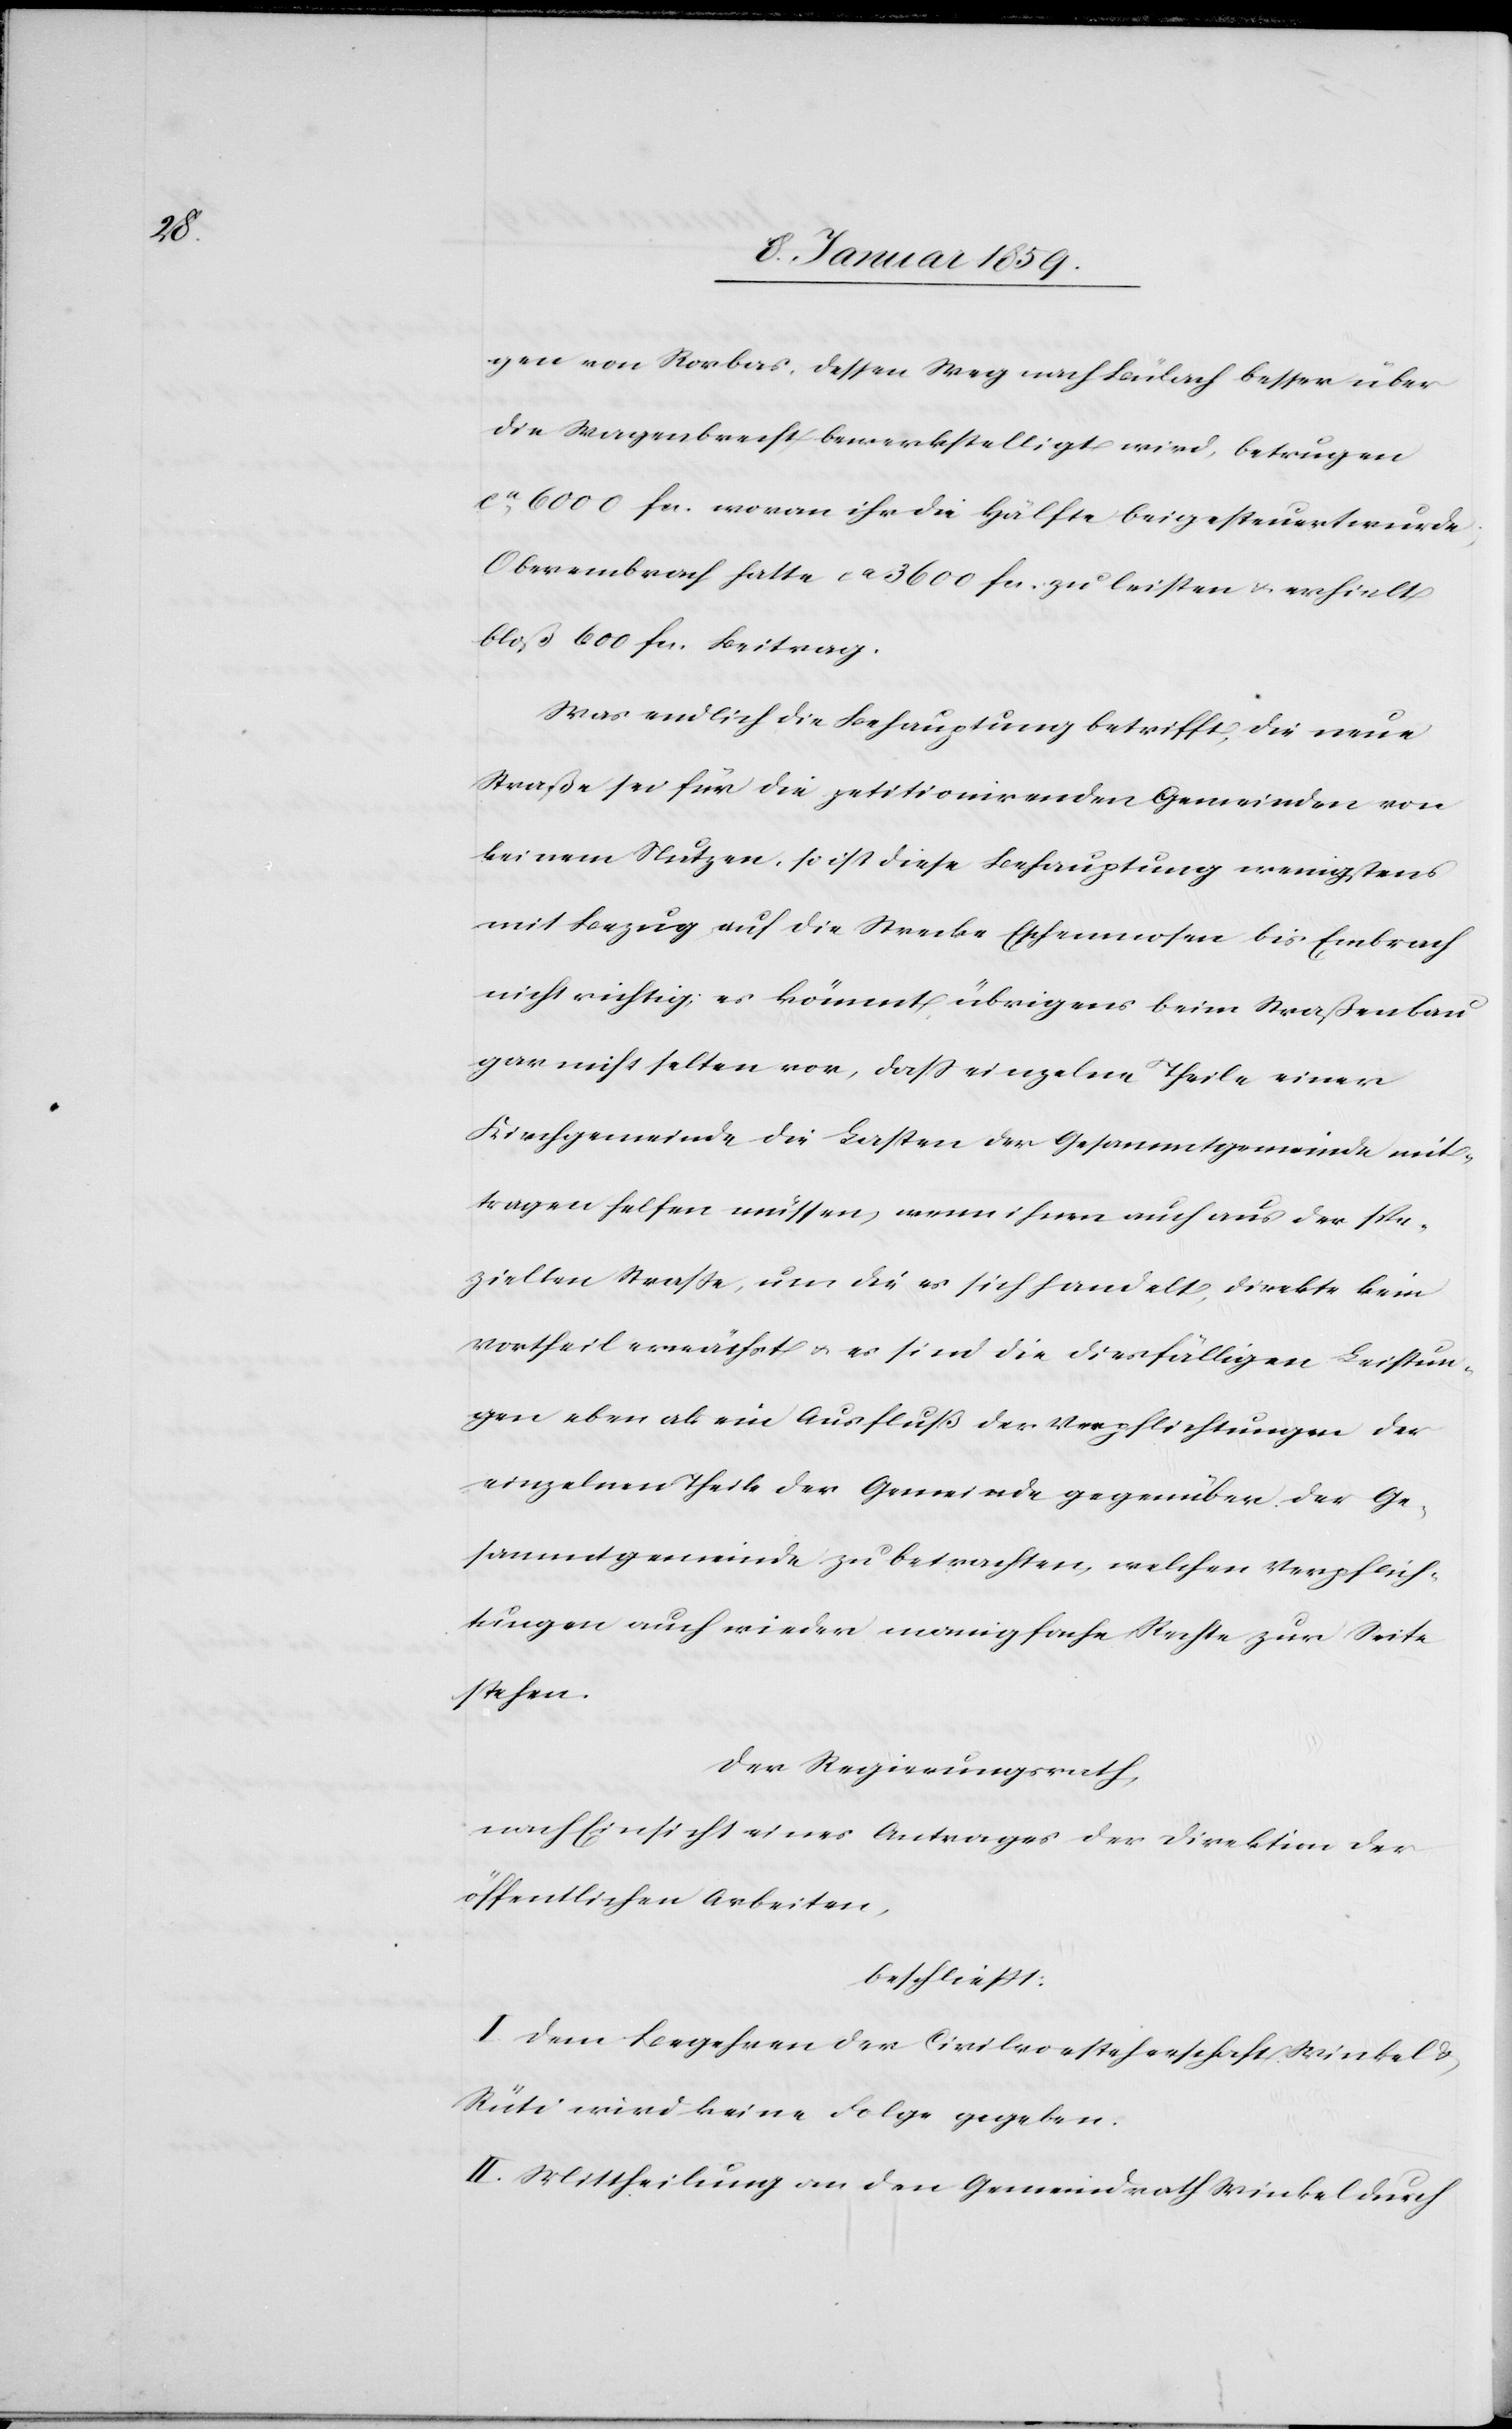
gen von Rorbas, dessen Weg nach Bülach besser über
die Wagenbrecht bewerkstelligt wird, betrugen
ca. 6000 fcs. Beitrag.
Was endlich die Behauptung betrifft, die neue
Straße sei für die petitionirenden Gemeinden von
keinem Nutzen, so ist diese Behauptung wenigstens
mit Bezug auf die Strecke Eschenmosen bis Embrach
nicht richtig; es kömmt übrigens beim Straßenbau
gar nicht selten vor, daß einzelne Theile einer
Kirchgemeinde die Lasten der Gesammtgemeinde mit¬
tragen helfen müssen, wenn ihnen auch aus der spe¬
ziellen Straße, um die es sich handelt, direkte kein
Vortheil erwächst u. es sind die diesfälligen Leistun¬
gen eben als ein Ausfluß der Verpflichtungen der
einzelnen Theile der Gemeinde gegenüber der Ge¬
sammtgemeinde zu betrachten, welchen Verpflich¬
tungen auch wieder manigfache Rechte zur Seite
stehen.
Der Regierungsrath,
nach Einsicht eines Antrages der Direktion der
öffentlichen Arbeiten,
beschließt:
I. Dem Begehren der Civilvorsteherschaft Winkel u.
Rüti wird keine Folge gegeben.
II Mittheilung an den Gemeindrath Winkel durch